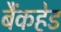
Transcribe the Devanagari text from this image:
बैंकहेड